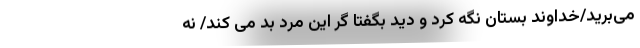
می‌برید/خداوند بستان نگه کرد و دید بگفتا گر این مرد بد می کند/ نه